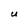
Character: U